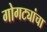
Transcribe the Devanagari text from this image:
गोगट्यांचा